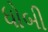
ધોબી